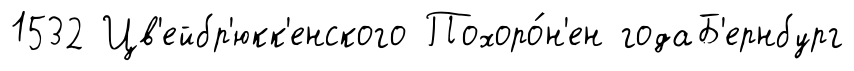
1532 Цв'ейбр'юкк'енского Похоро́н'ен годаБ'ернбург